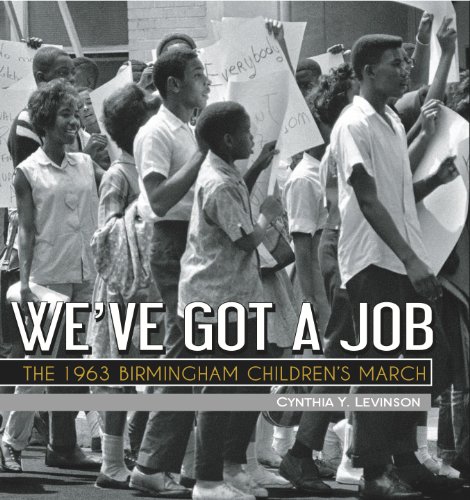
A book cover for We've Got a Job: The 1963 Birmingham Children's March; Cynthia Levinson; Teen & Young Adult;